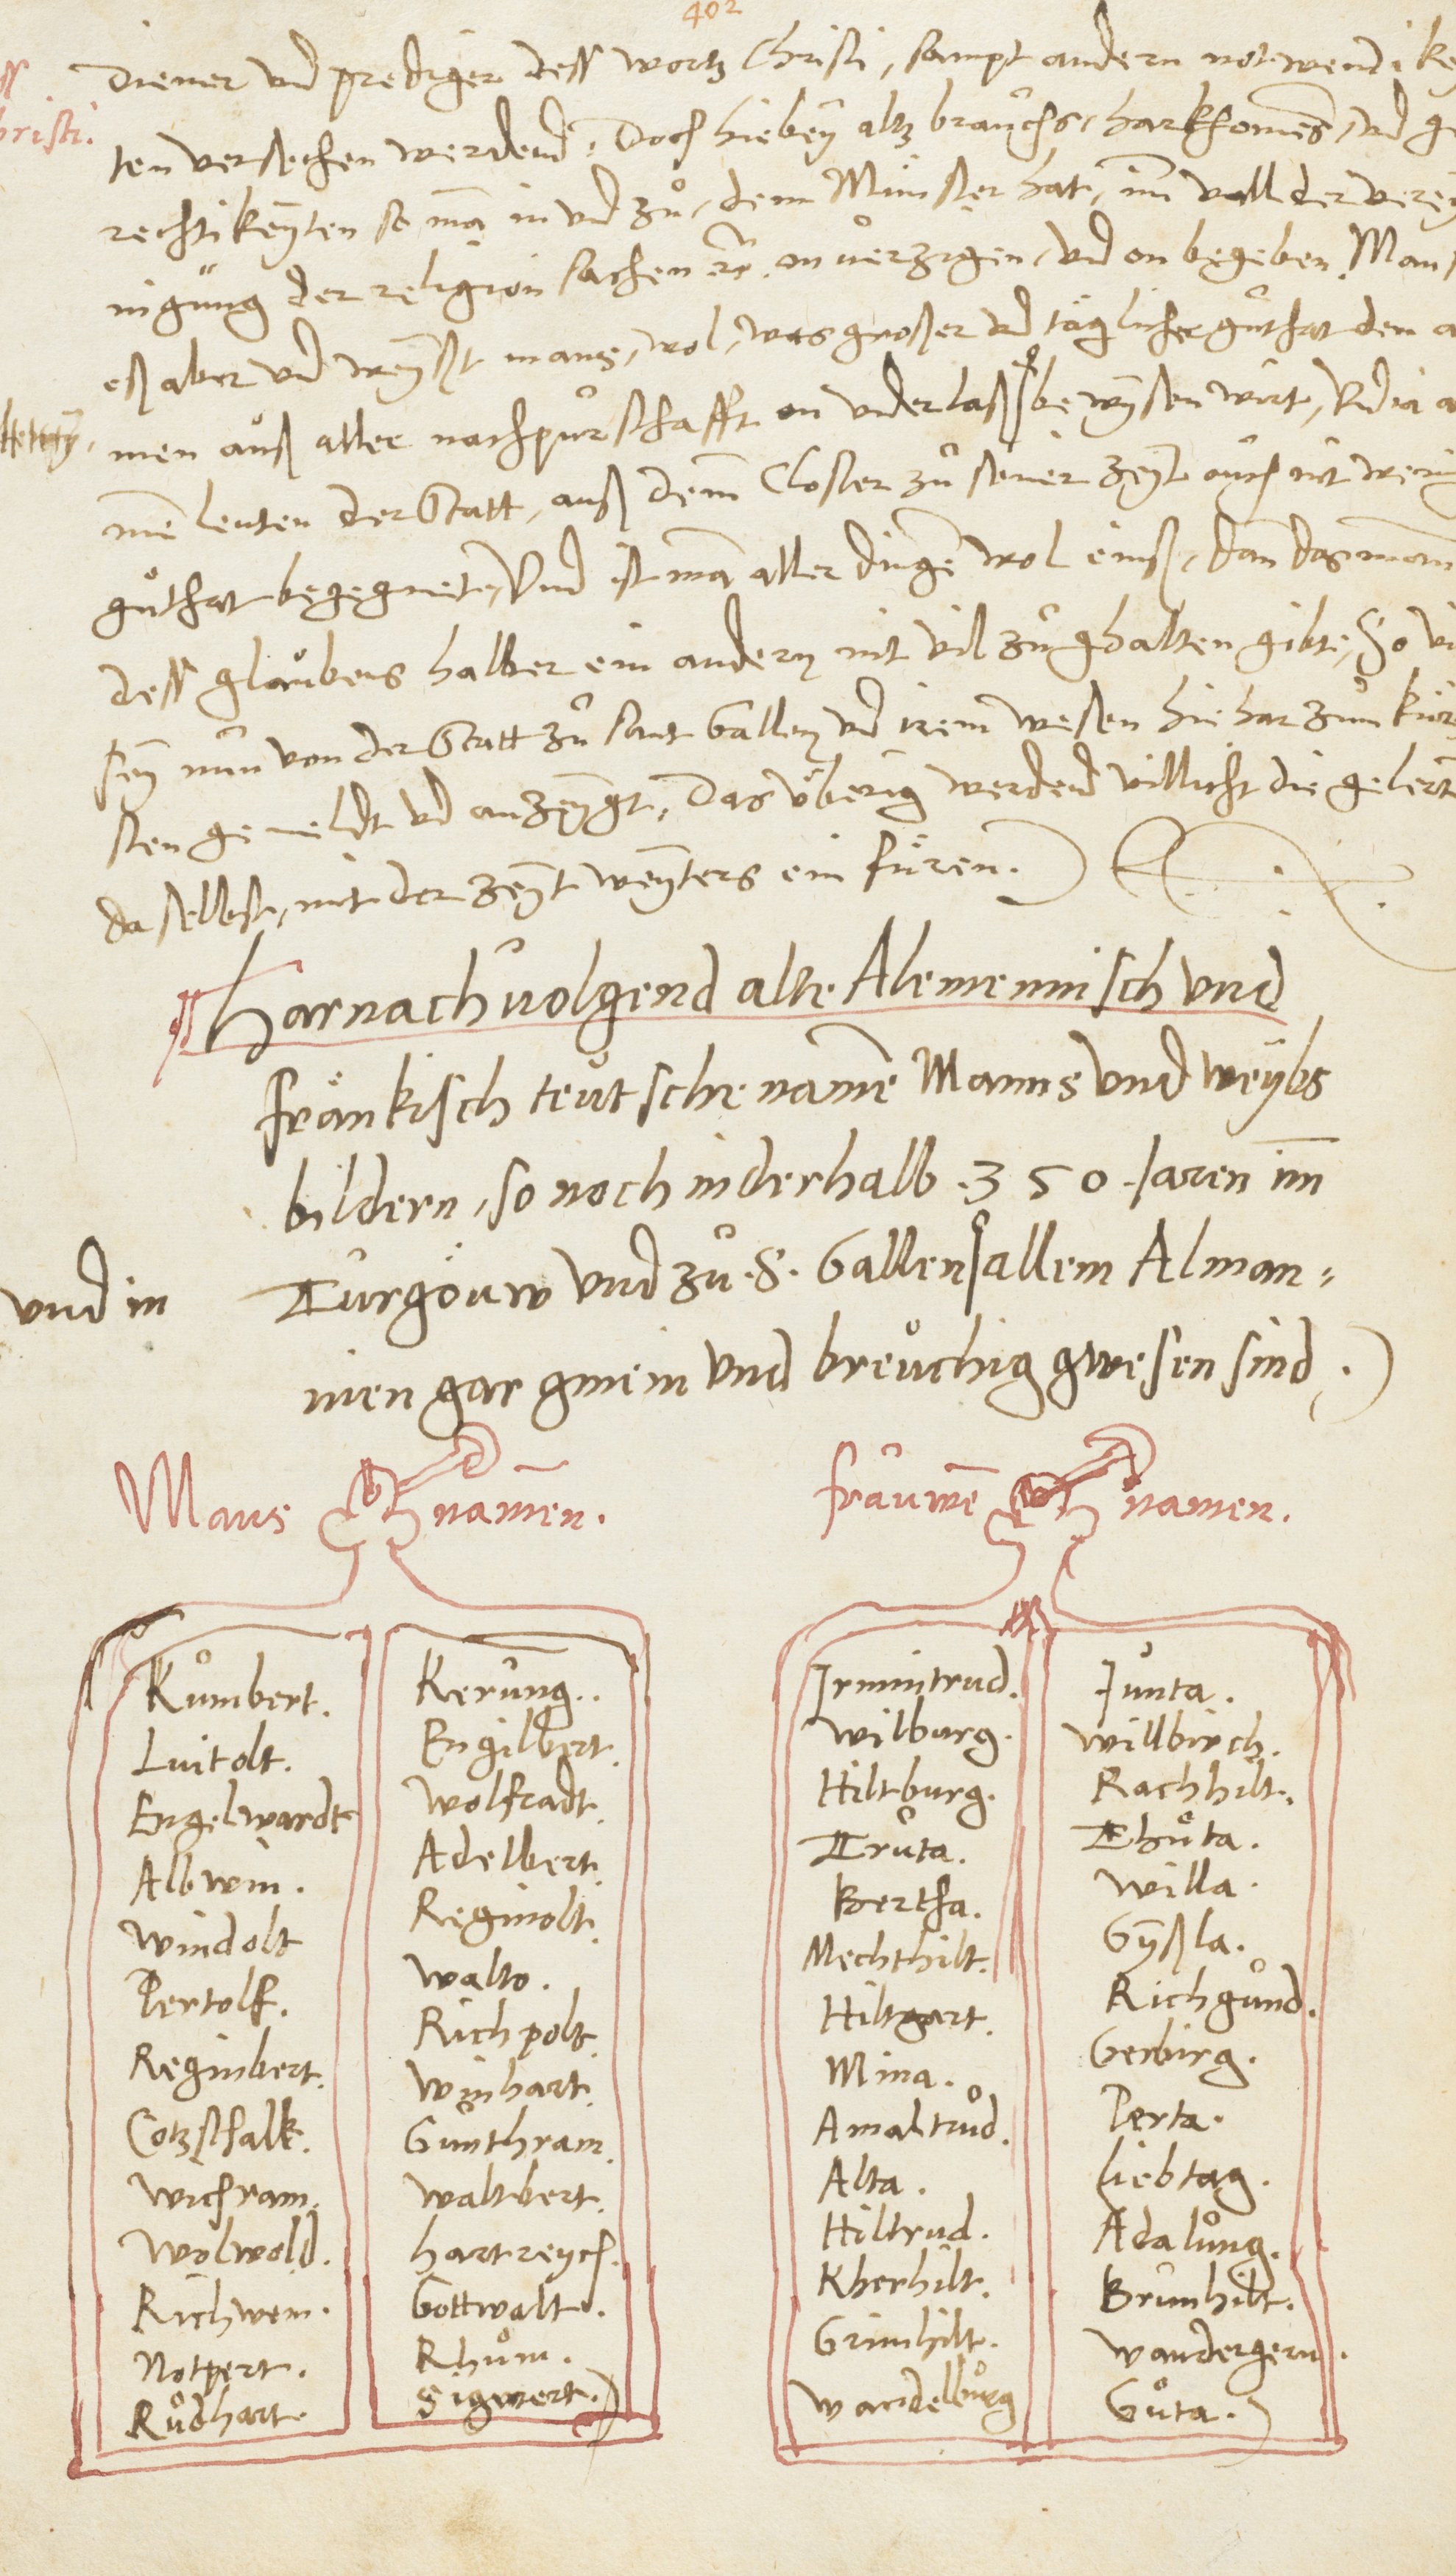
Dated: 1545–1546